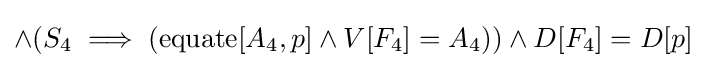
\land (S_{4}\implies (\operatorname {equate} [A_{4},p]\land V[F_{4}]=A_{4}))\land D[F_{4}]=D[p]